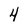
Character: 4